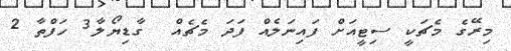
މިރޭގެ މެޗަކީ ސިޓީއަށް ފައިނަލެއް ފަދަ މެޗެއް  ގާޑިޔޯލާ3 ހަފްތާ 2